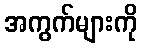
အကွက်များကို